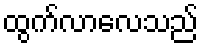
ထွက်လာလေသည်